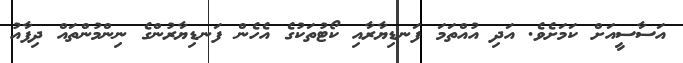
އަސާސީއަށް ކަމަށެވެ. އަދި އުއްތަމަ ފަނޑިޔާރާއި ކޯޓުތަކުގެ އެހެން ފަނޑިޔާރުންގެ ނިންމުންތައް ދިފާއު